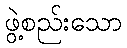
ဖွဲ့စည်းသော